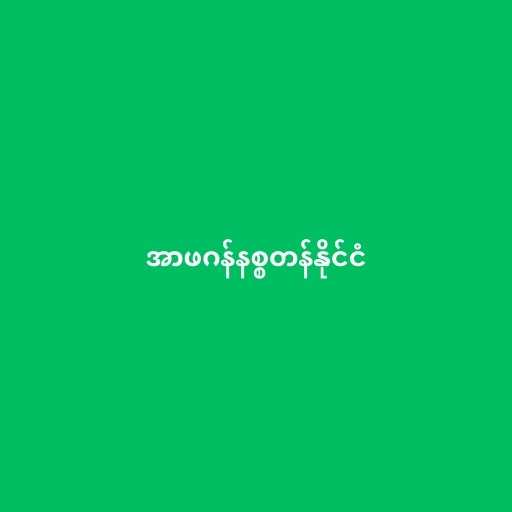
အာဖဂန်နစ္စတန်နိုင်ငံ